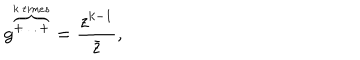
g ^ { \overbrace { + \ldots + } ^ { k \: t i m e s } } = \frac { z ^ { k - 1 } } { \bar { z } } ,